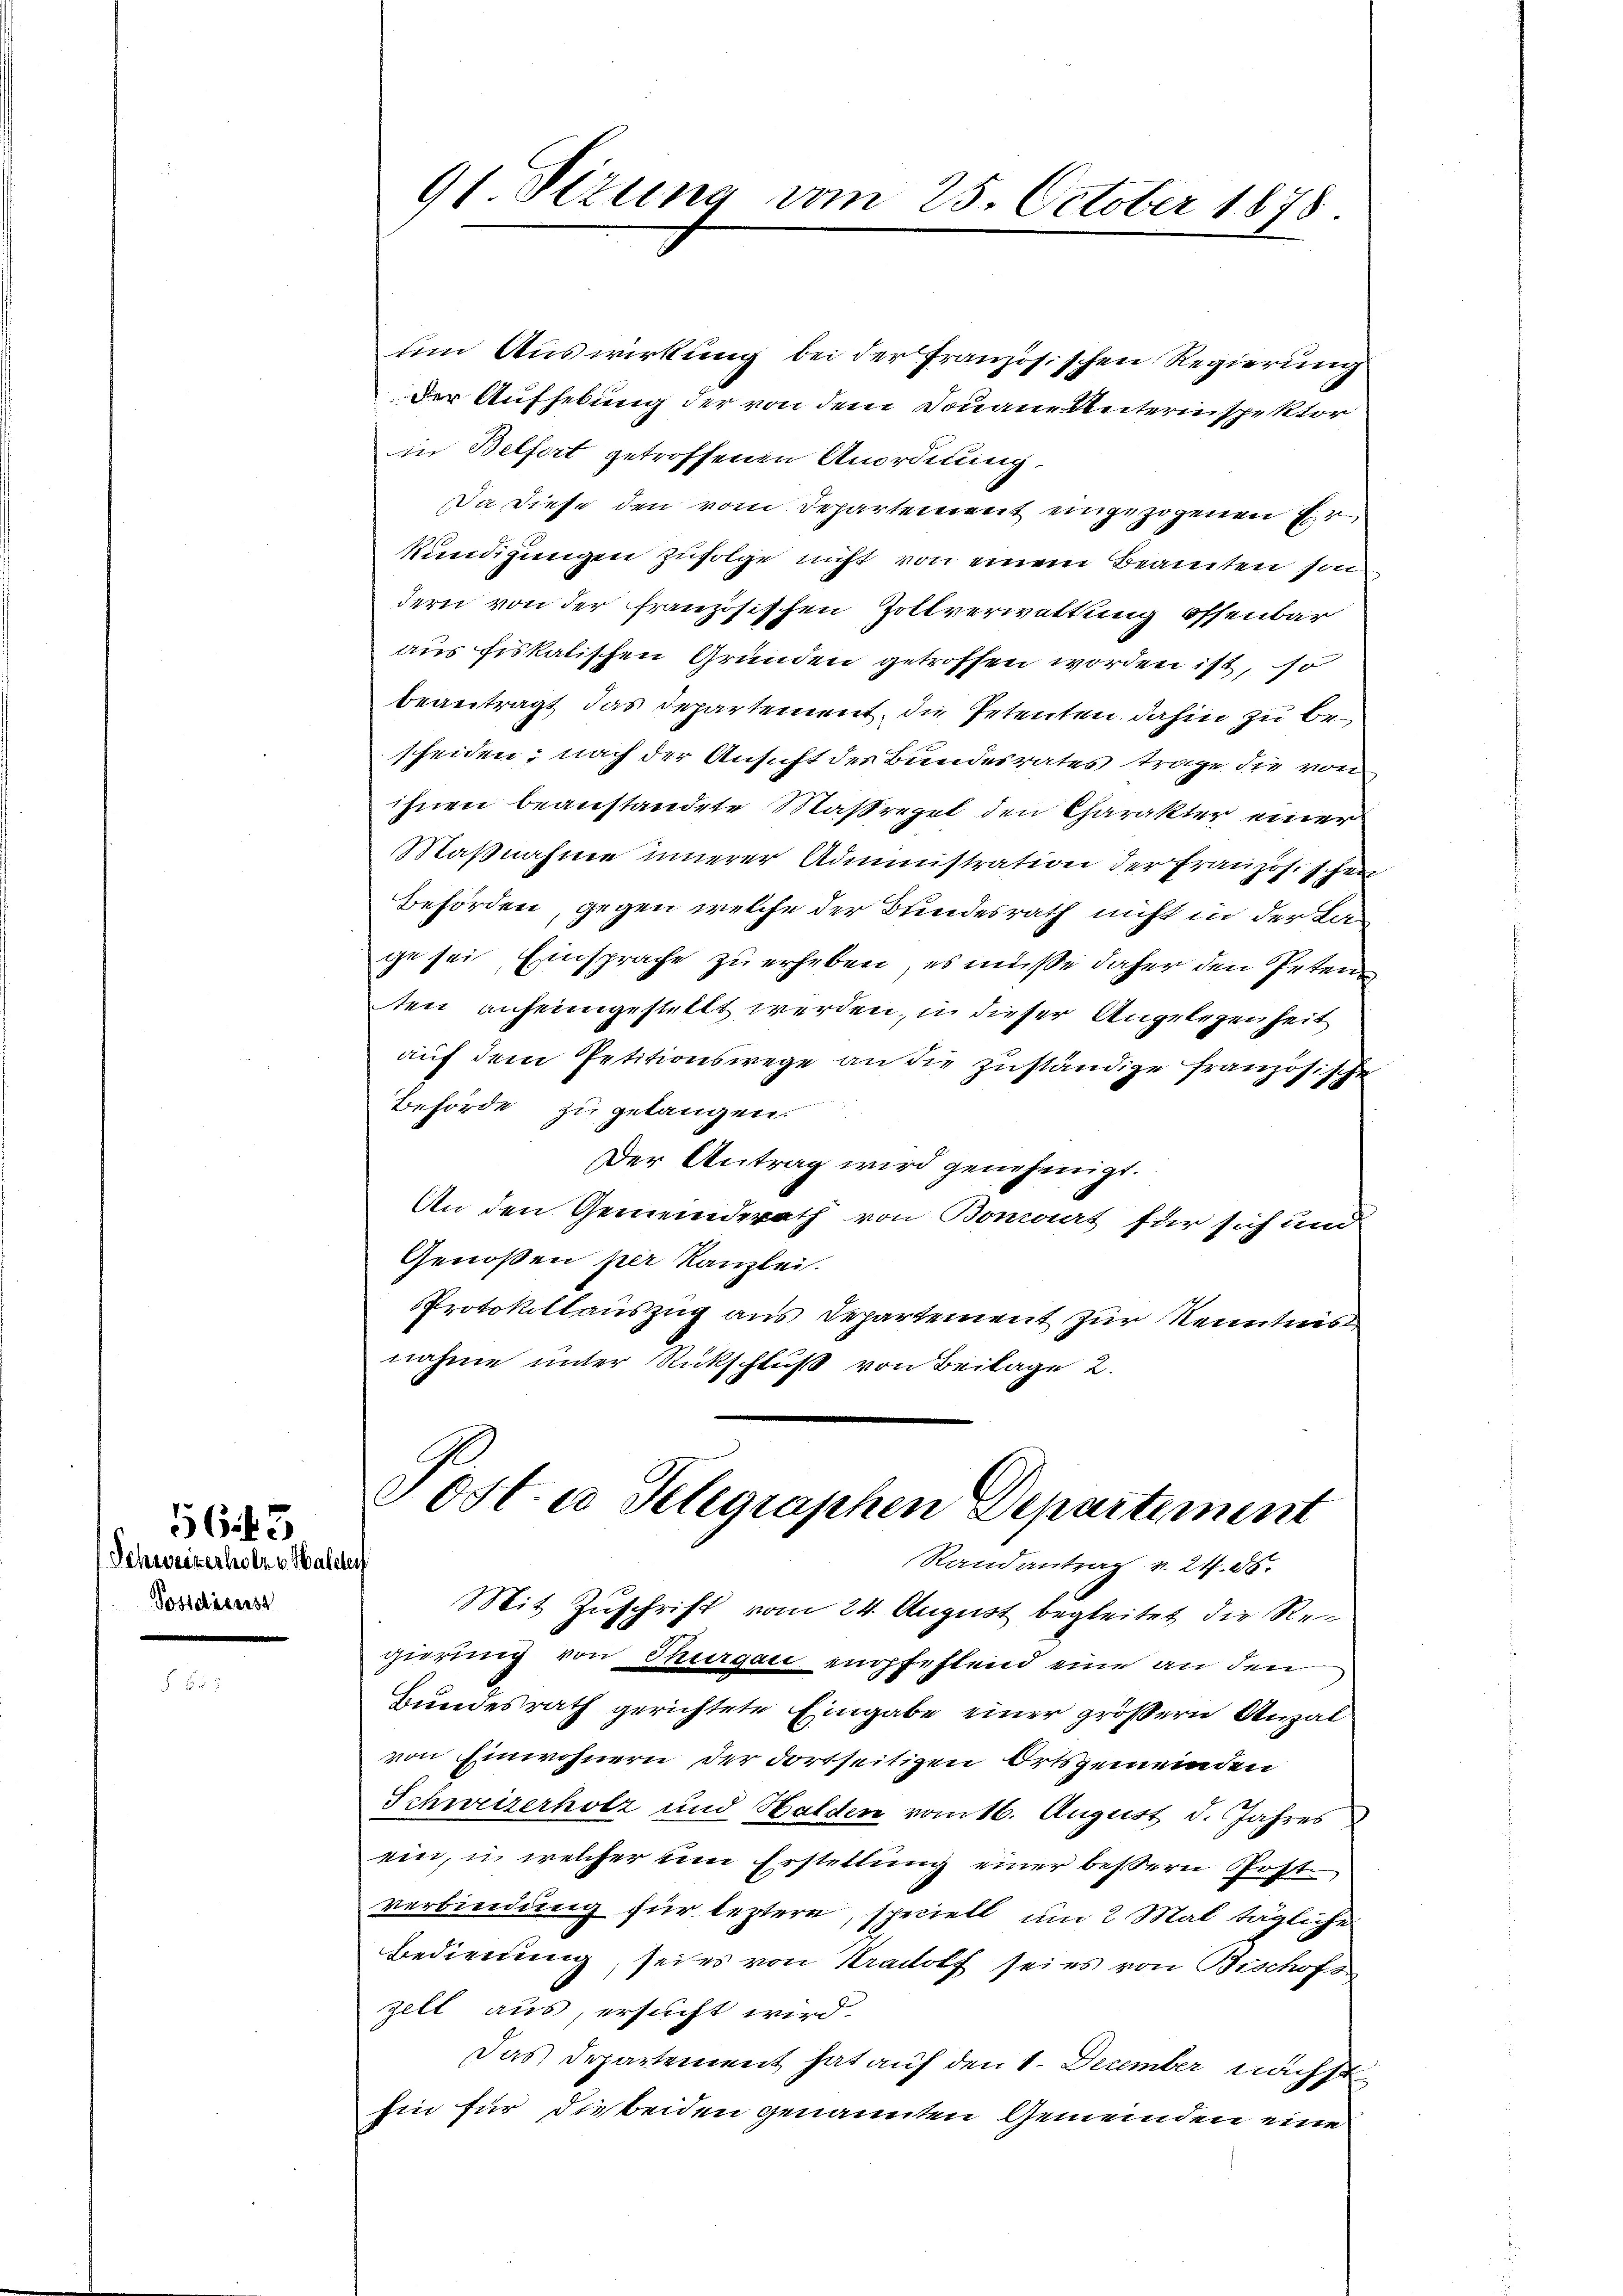
Schweizerlesen v. Haseler
Postdienst

16

91 Sizung vom 25. October 1878.

Post- u Telegraphen Departement
Randantrag v. 24. 16.

um Auswirkung bei der Französischen Regierung
Der Aufhebung der von dem Donaue Unterinspektor
in Belfort getroffenen Anordnung
Da diese den vom Departement eingezogenen Er
kundigungen zufolge nicht von einem Beamten son
dern von der französischen Zollverwaltung offenbar
aus fiskalischen Gründen getroffen worden ist, so
beantragt das Departement, die Petenten dahin zu bescheiden; nach der Ansicht des Bundesrates trage die von
ihnen beanstandete Maßregel den Charakter einer
Maßnahme innerer Administration der Französischen
Behörden, gegen welche der Bundesrath nicht in der Lage sei Einsprache zu erheben, es müsse daher den Peten
ten anheimgestellt werden, in dieser Angelegenheit
auf dem Petitionswege an die zuständige französische
Behörde zu gelangen.
Der Antrag wird genehmigt.
An den Gemeinderath von Bomart für sich und
Genoßen per Kanzlei.
Protokollauszug aus Departement zur Kenntnis
nahme unter Rückschluß von Beilage 2.

Mit Zuschrift vom 24. August begleitet die Regierung von Thurgau empfestend eine an den
Bundesrath gerichtete Eingabe einer größern Anzal
von Einwohnern der dortseitigen Ortsgemeinden
Schweizerholz und Halden vom 16. August d. Jahres
ein, u welcher um Erstellung einer bessern Poste
verbindung für leztere, speciell um 2 Mal tägliche
Bedienung, sei es von Stradolf sei es von Bischofs
zell aus, ersucht wird.
Das Departement hat auf den 1. December nächst
Ein für die beiden genannten Gemeinden eine